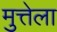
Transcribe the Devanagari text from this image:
मुत्तेला